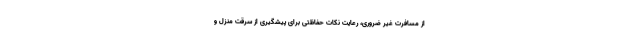
از مسافرت غیر ضروری، رعایت نکات حفاظتی برای پیشگیری از سرقت منزل و